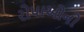
રોપાઓનો